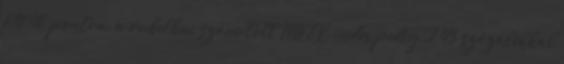
691,40 pontra, a rubelben számított MICEX-index pedig 2,43 százalékkal